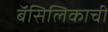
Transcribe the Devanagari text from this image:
बॅसिलिकाची